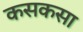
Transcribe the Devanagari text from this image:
कसकसा